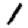
Digit: 1